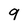
Character: 9